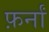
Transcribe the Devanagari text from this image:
फ़र्नां